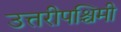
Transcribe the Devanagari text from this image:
उत्तरीपश्चिमी